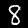
Digit: 8